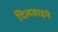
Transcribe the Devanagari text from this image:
दिलवाइये